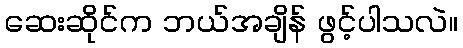
ဆေးဆိုင်က ဘယ်အချိန် ဖွင့်ပါသလဲ။